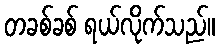
တခစ်ခစ် ရယ်လိုက်သည်။